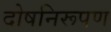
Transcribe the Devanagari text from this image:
दोषनिरूपण